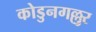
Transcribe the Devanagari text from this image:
कोडुनगल्लुर